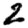
Digit: 2